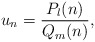
\begin{align*}u_n=\frac{P_l(n)}{Q_m(n)},\end{align*}